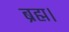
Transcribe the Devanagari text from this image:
ब्रह्म।